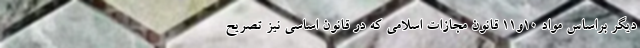
دیگر براساس مواد 10و11 قانون مجازات اسلامی که در قانون اساسی نیز تصریح